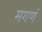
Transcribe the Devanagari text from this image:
मगणं